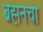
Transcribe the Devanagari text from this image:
ब्रह्मनचा